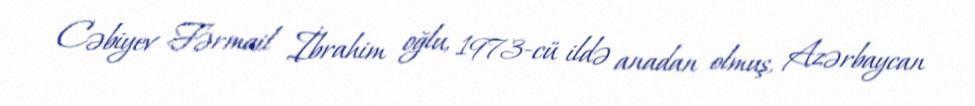
Cəbiyev Fərmail İbrahim oğlu, 1973-cü ildə anadan olmuş, Azərbaycan